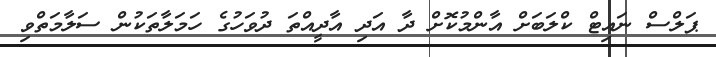
ޕަލްސް ނައިޓް ކްލަބަށް އާންމުކޮށް ދާ އަދި އާދީއްތަ ދުވަހުގެ ހަމަލާތަކުން ސަލާމަތްވި